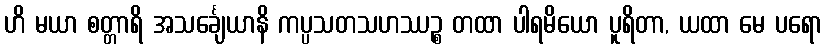
ဟိ မယာ စတ္တာရိ အသင်္ချေယာနိ ကပ္ပသတသဟဿဉ္စ တထာ ပါရမိယော ပူရိတာ, ယထာ မေ ပရော